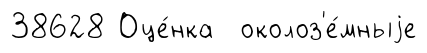
38628 Оце́нка околоз'е́мныjе